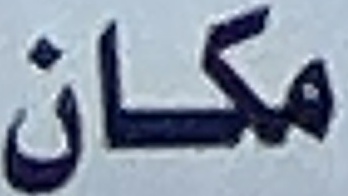
مكان